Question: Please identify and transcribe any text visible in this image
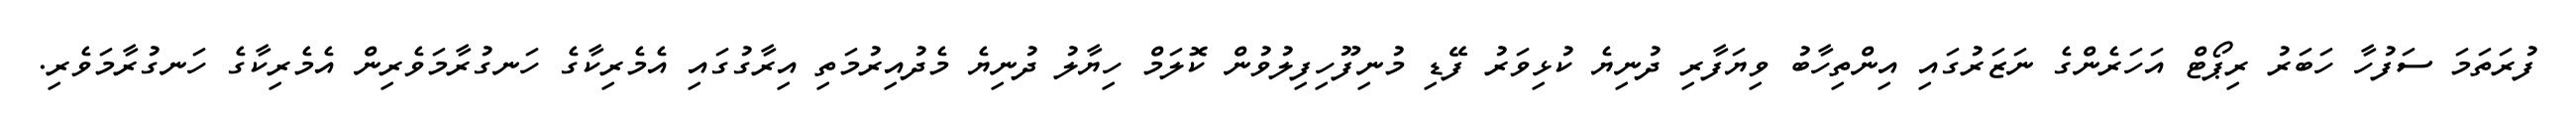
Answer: ފުރަތަމަ ސަފުހާ ހަބަރު ރިޕޯޓް އަހަރެންގެ ނަޒަރުގައި އިންތިހާބު ވިޔަފާރި ދުނިޔެ ކުޅިވަރު ފޭޑި މުނިފޫހިފިލުވުން ކޮލަމް ހިޔާލު ދުނިޔެ މެދުއިރުމަތި އިރާގުގައި އެމެރިކާގެ ހަނގުރާމަވެރިން އެމެރިކާގެ ހަނގުރާމަވެރި.